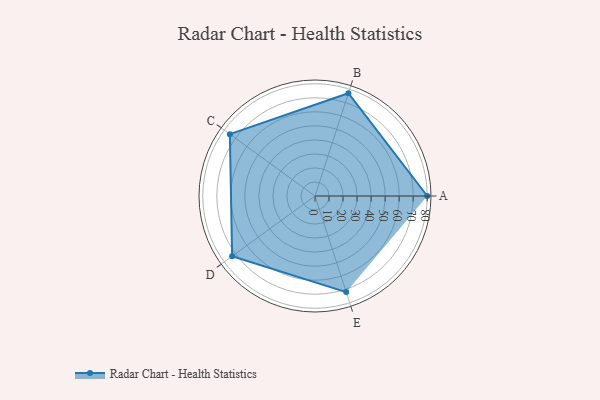
{"axis": {"x": "Skill", "y": "Score"}, "legend": ["Profile"], "data": [{"x": "A", "y": 80.0, "type": "Profile"}, {"x": "B", "y": 77.0, "type": "Profile"}, {"x": "C", "y": 75.0, "type": "Profile"}, {"x": "D", "y": 73.0, "type": "Profile"}, {"x": "E", "y": 72.0, "type": "Profile"}]}